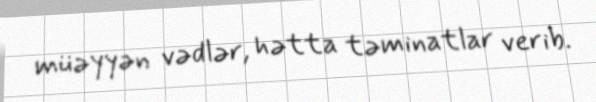
müəyyən vədlər, hətta təminatlar verib.